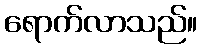
ရောက်လာသည်။